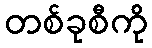
တစ်ခုစီကို